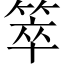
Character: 箤